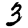
Digit: 3